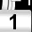
Digit: 1